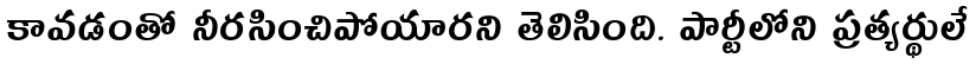
కావడంతో నీరసించిపోయారని తెలిసింది. పార్టీలోని ప్రత్యర్థులే